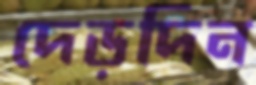
দেড়দিন